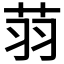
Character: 𦭳